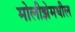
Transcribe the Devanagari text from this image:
मोलीझेमधील